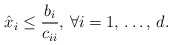
\begin{align*}\hat{x}_{i}\le \frac{b_{i}}{c_{ii}}, \thinspace \forall i=1,\thinspace \mathellipsis ,\thinspace d.\end{align*}